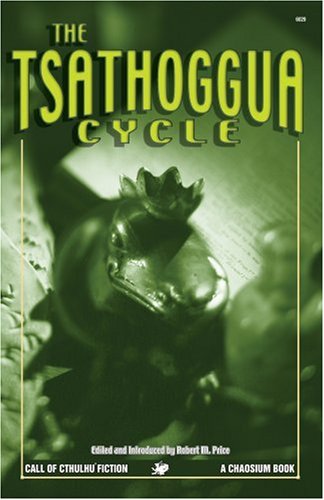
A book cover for The Tsathoggua Cycle: Terror Tales of the Toad God (Call of Cthulhu Fiction); Clark Ashton Smith; Literature & Fiction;